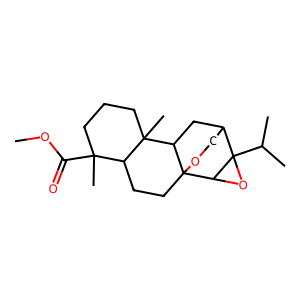
SMILES: COC(=O)C1(C)CCCC2(C)C1CCC13OCC(CC21)C1(C(C)C)OC31
Inhibits HIV replication: No